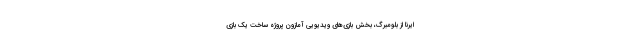
ایرنا از بلومبرگ، بخش بازی‌های ویدیویی آمازون پروژه ساخت یک بازی